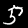
Label: 5